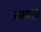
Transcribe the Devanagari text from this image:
नवग्रहा